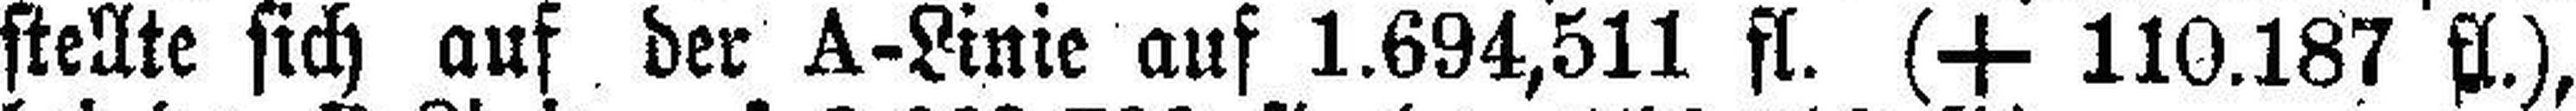
stellte sich auf der A-Linie auf 1.694,511 fl. (+ 110.187 fl.),